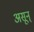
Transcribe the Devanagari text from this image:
असून्